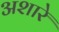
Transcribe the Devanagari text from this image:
अशारे